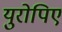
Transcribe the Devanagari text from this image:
युरोपिए